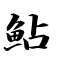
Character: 鲇